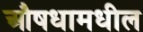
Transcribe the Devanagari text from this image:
औषधामधील